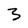
Character: 3